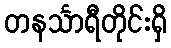
တနင်္သာရီတိုင်းရှိ